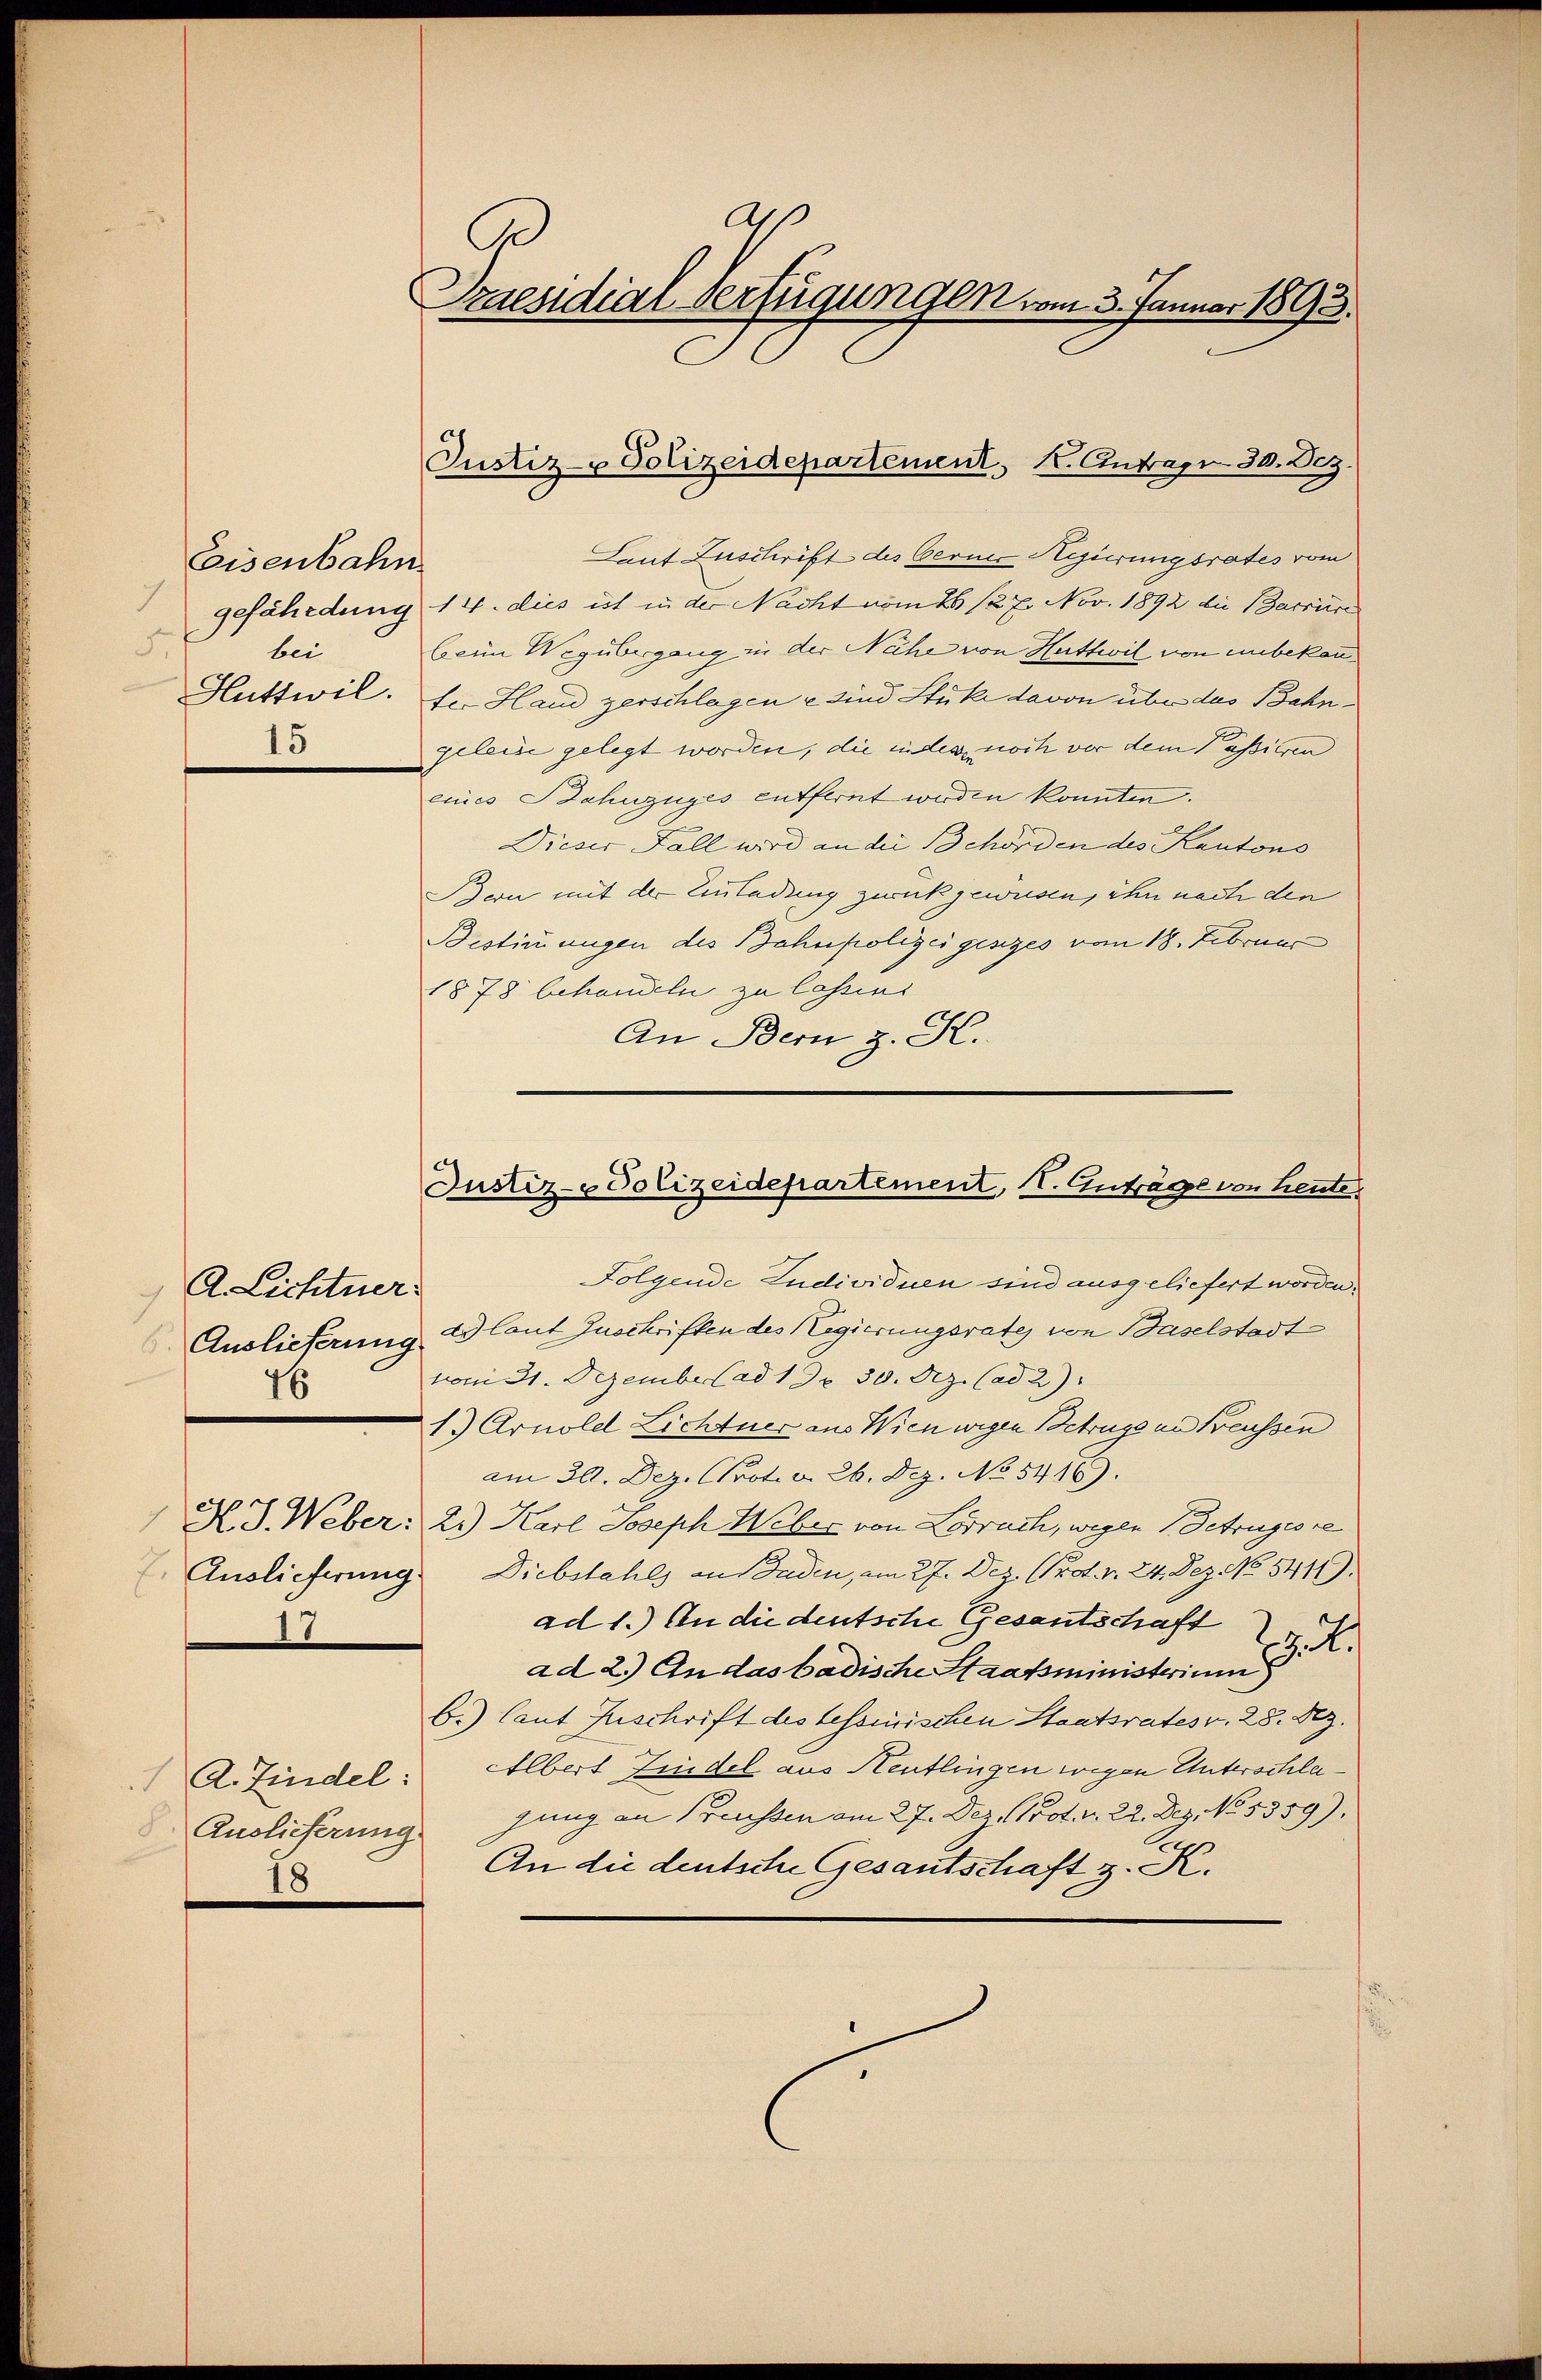
Eisenbahn
5.
bei
Huttwil.
15

A. Lichtner
46
18

18

Laut Zuschrift des Berne Hegierungsrates vom
gefährdung 14. dies ist in der Nacht vom 26. 127. Nov. 1892 die Barriere
beim Wegübergang in der Nähe von Huttwil von unbekanfe. Hand zerschlagen u sind Stüke davon über das Bahngeleide gelegt worden, die indes noch vor dem Passieren
eines Bahnzuges entfernt werden konnten.
Dieser Fall wird an die Behörden des Kantons
Bern mit der Einladung zweck gewesen, ihn nach den
Bestimmungen des Bahnpolizei gesezes vom 18. Februar
1878 behandeln zu lassens
An Bern z. K.

Folgende Individuen sind ausgeliefert worden.
Auslieferung ad laut Zuschriften des Regierungsrate von Baselstadtvom 31. Dezember ad 1 Fr. 30. Dez. (ad 2.)
13 Arnoldl Lichtner aus Wien wegen Betrage in Freussen
am 30. Dez. Prot. v. 26. Dez. No. 5416).
H. J. Weber: 21) Karl Joseph Weber von Lörrach, wegen Betruges re
7. Auslieferung. Diebstahls au sonden, am 27. Dez. Ord. v. 24. Dez. No 541.
ad 1.) An die deutsche Gesantschaft
ad 2.) An das badische Staatsministerium d. K.
b.) laut Zuschrift des Tessinischen Staatsrates v. 28. Dez.
Albert findel aus Reutlingen wegen Unterschlajung an Preussen am 27. Dez. 100. r. 22. Dez. No 1359).
.
An die deutsche Gesantschaft z. A.

A. Findel:
8. Auslieferung

a
Praesidial-Verfügungen vom 3. Januar 1893.

Justiz- Polizeidepartement K. Antrag 30. Dez.

Justiz-Polizeidepartement, I. Anträge von heute